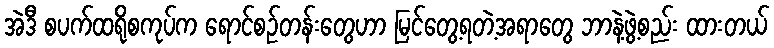
အဲဒီ စပက်ထရိုစကုပ်က ရောင်စဉ်တန်းတွေဟာ မြင်တွေ့ရတဲ့အရာတွေ ဘာနဲ့ဖွဲ့စည်း ထားတယ်